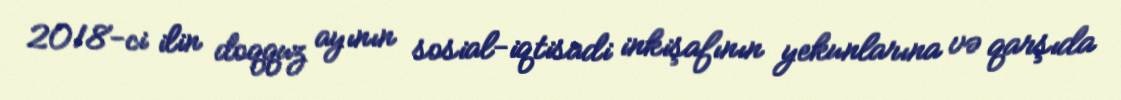
2018-ci ilin doqquz ayının sosial-iqtisadi inkişafının yekunlarına və qarşıda